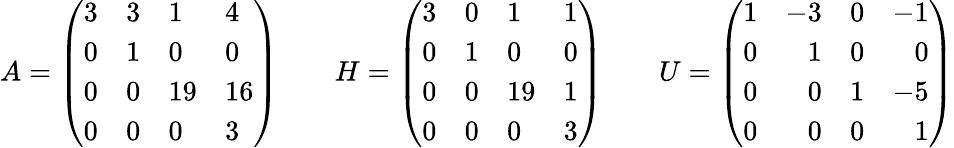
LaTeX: A={\left(\begin{array}{llll}{3}&{3}&{1}&{4}\\ {0}&{1}&{0}&{0}\\ {0}&{0}&{19}&{16}\\ {0}&{0}&{0}&{3}\end{array}\right)}\qquad H={\left(\begin{array}{llll}{3}&{0}&{1}&{1}\\ {0}&{1}&{0}&{0}\\ {0}&{0}&{19}&{1}\\ {0}&{0}&{0}&{3}\end{array}\right)}\qquad U=\left({\begin{array}{rrrr}{1}&{-3}&{0}&{-1}\\ {0}&{1}&{0}&{0}\\ {0}&{0}&{1}&{-5}\\ {0}&{0}&{0}&{1}\end{array}}\right)